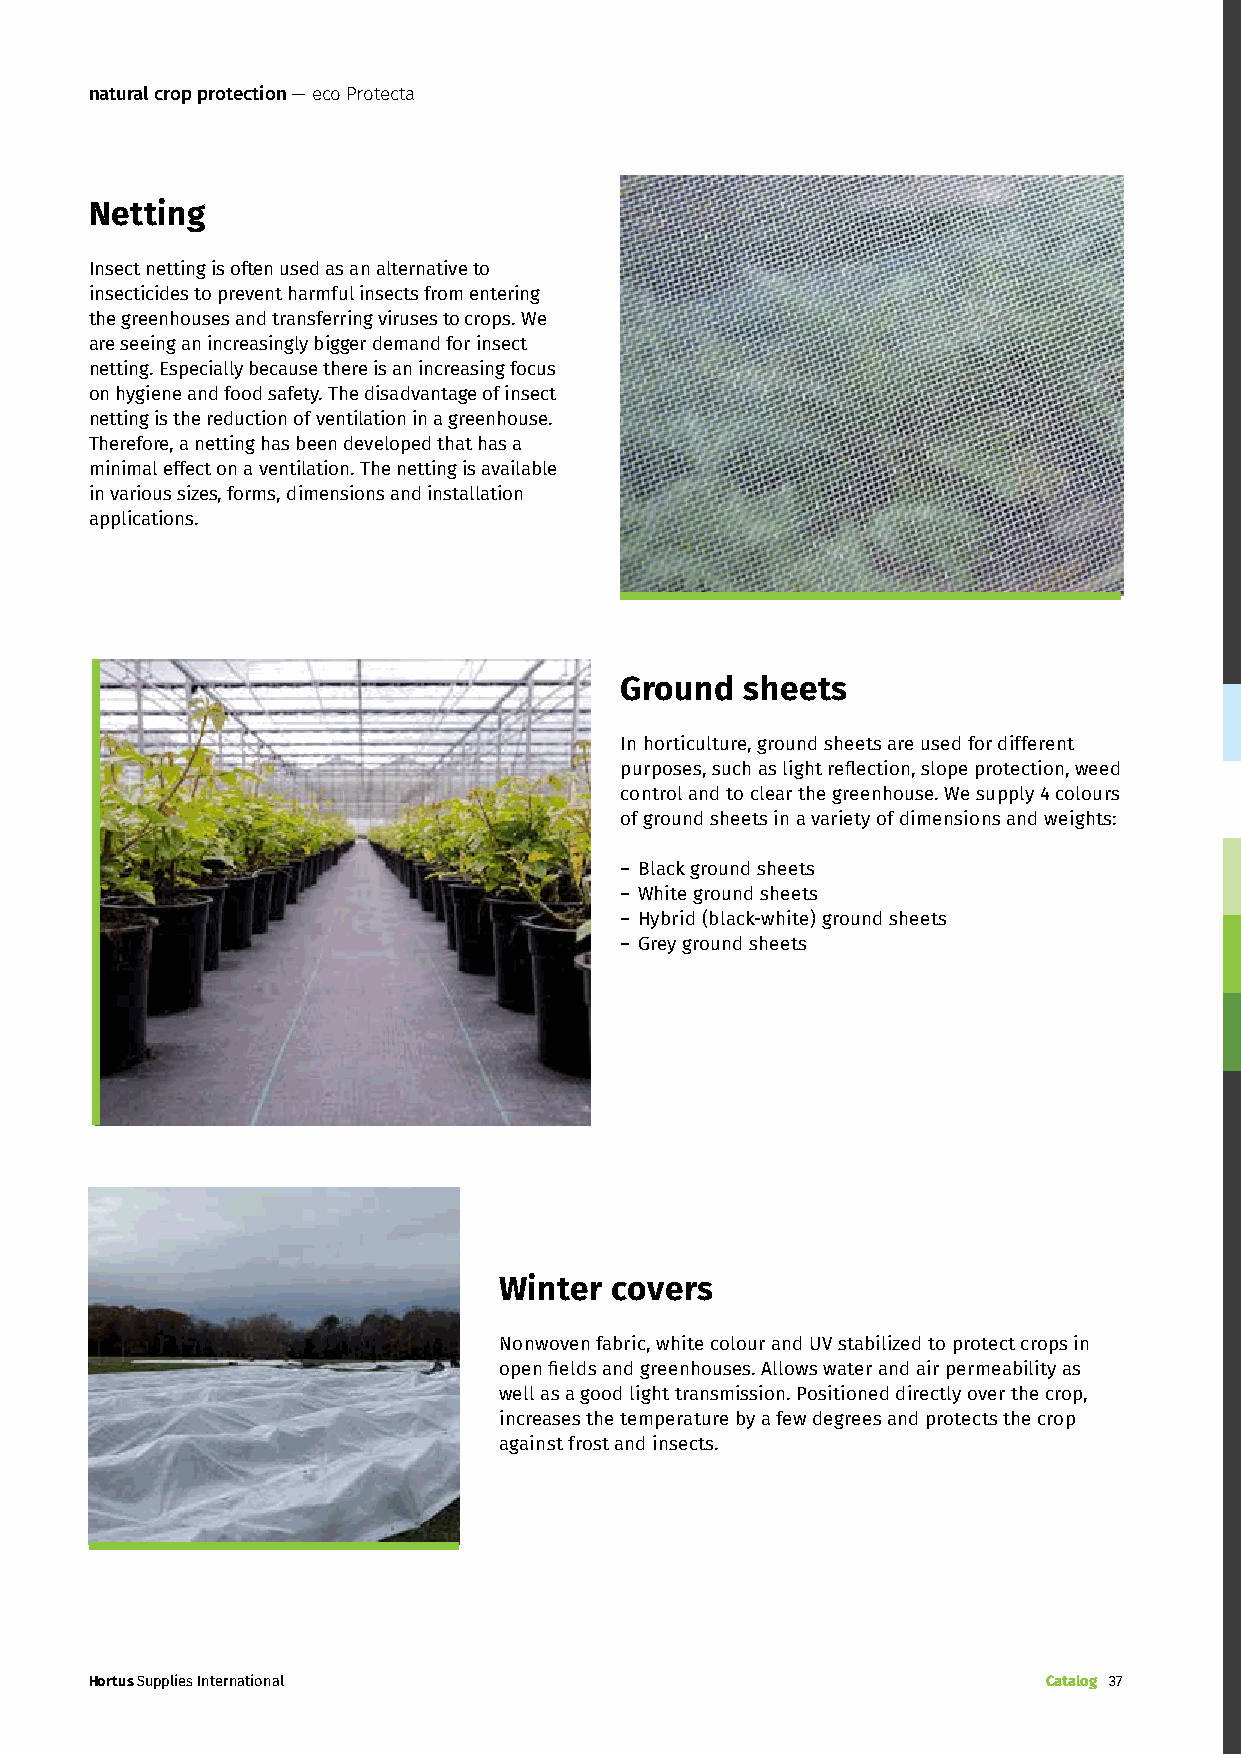
natural crop protection — eco Protecta
 Netting
 Insect netting is often used as an alternative to
 insecticides to prevent harmful insects from entering
 the greenhouses and transferring viruses to crops. We
 are seeing an increasingly bigger demand for insect
 netting. Especially because there is an increasing focus
 on hygiene and food safety. The disadvantage of insect
 netting is the reduction of ventilation in a greenhouse.
 Therefore, a netting has been developed that has a
 minimal effect on a ventilation. The netting is available
 in various sizes, forms, dimensions and installation
 applications.
 Ground  sheets
 In horticulture, ground sheets are used for different
 purposes, such as light reflection, slope protection, weed
 control and to clear the greenhouse. We supply 4 colours
 of ground sheets in a variety of dimensions and weights:
 – Black ground sheets
 – White ground sheets
 – Hybrid (black-white) ground sheets
 – Grey ground sheets
 Winter covers
 Nonwoven fabric, white colour and UV stabilized to protect crops in
 open fields and greenhouses. Allows water and air permeability as
 well as a good light transmission. Positioned directly over the crop,
 increases the temperature by a few degrees and protects the crop
 against frost and insects.
 Hortus Supplies International                                  Catalog 37